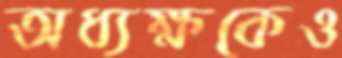
অধ্যক্ষকেও